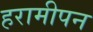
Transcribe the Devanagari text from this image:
हरामीपन